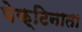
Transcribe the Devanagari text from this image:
पेक्टिनाता